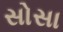
સોસા